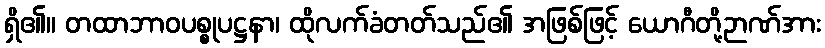
ရှိ၏။ တထာဘာဝပစ္စုပဋ္ဌနာ၊ ထိုလက်ခံတတ်သည်၏ အဖြစ်ဖြင့် ယောဂီတို့ဉာဏ်အား